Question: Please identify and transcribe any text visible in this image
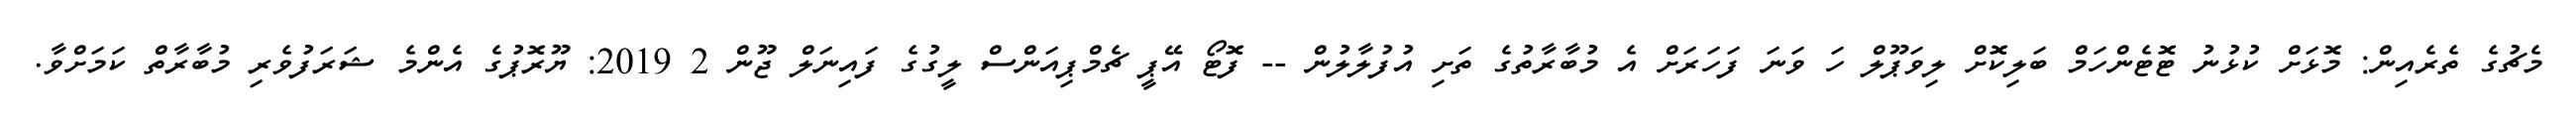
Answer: މެޗުގެ ތެރެއިން: މޮޅަށް ކުޅުނު ޓޮޓެންހަމް ބަލިކޮށް ލިވަޕޫލް ހަ ވަނަ ފަހަރަށް އެ މުބާރާތުގެ ތަށި އުފުލާލުން -- ފޮޓޯ އޭޕީ ޗެމްޕިއަންސް ލީގުގެ ފައިނަލް ޖޫން 2 2019: ޔޫރޮޕުގެ އެންމެ ޝަރަފުވެރި މުބާރާތް ކަމަށްވާ.